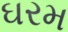
ઘરમ